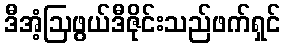
ဒီအံ့ဩဖွယ်ဒီဇိုင်းသည်ဖက်ရှင်